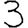
Digit: 3